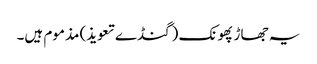
یہ جھاڑ پھونک (گنڈے تعویذ) مذموم ہیں۔